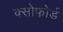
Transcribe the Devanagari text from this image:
क्सोफोर्ड